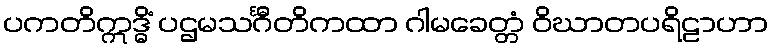
ပကတိဣဒ္ဓိံ ပဌမသင်္ဂီတိကထာ ဂါမခေတ္တံ ဝိဃာတပရိဠာဟာ